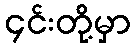
၄င်းတို့မှာ